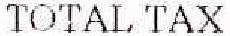
TOTAL TAX